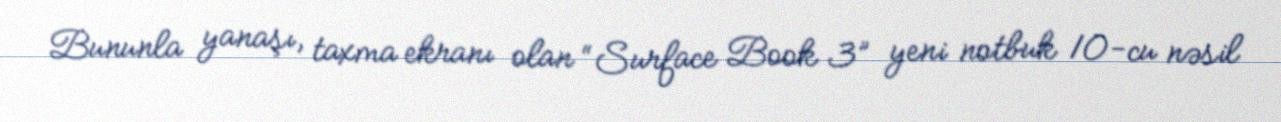
Bununla yanaşı, taxma ekranı olan “Surface Book 3” yeni notbuk 10-cu nəsil